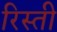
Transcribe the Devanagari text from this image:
रिस्ती